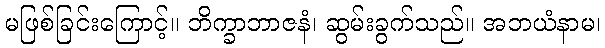
မဖြစ်ခြင်းကြောင့်။ ဘိက္ခာဘာဇနံ၊ ဆွမ်းခွက်သည်။ အဘယံနာမ၊